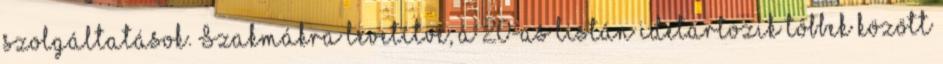
szolgáltatások. Szakmákra levetítve, a 20-as listán idetartozik többek között